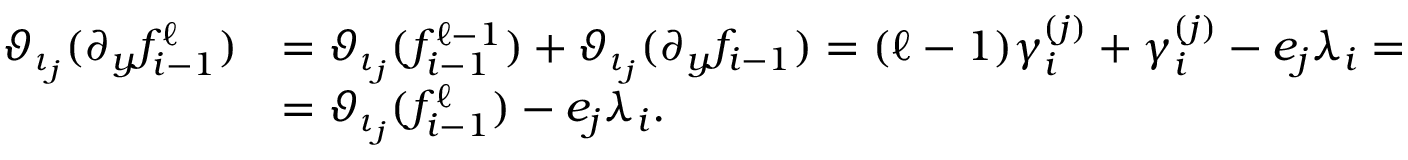
\begin{array} { r l } { \vartheta _ { \iota _ { j } } ( \partial _ { y } f _ { i - 1 } ^ { \ell } ) } & { = \vartheta _ { \iota _ { j } } ( f _ { i - 1 } ^ { \ell - 1 } ) + \vartheta _ { \iota _ { j } } ( \partial _ { y } f _ { i - 1 } ) = ( \ell - 1 ) \gamma _ { i } ^ { ( j ) } + \gamma _ { i } ^ { ( j ) } - e _ { j } \lambda _ { i } = } \\ & { = \vartheta _ { \iota _ { j } } ( f _ { i - 1 } ^ { \ell } ) - e _ { j } \lambda _ { i } . } \end{array}